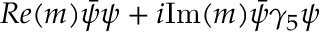
R e ( m ) \bar { \psi } \psi + i \mathrm { I m } ( m ) \bar { \psi } \gamma _ { 5 } \psi